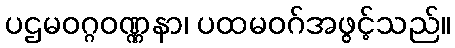
ပဌမဝဂ္ဂဝဏ္ဏနာ၊ ပထမဝဂ်အဖွင့်သည်။